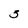
Character: 3